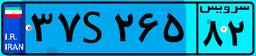
۲۱S۲۸۲۰۸